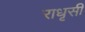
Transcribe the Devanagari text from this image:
राधृसी